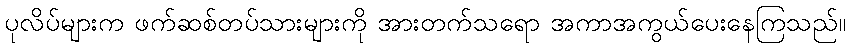
ပုလိပ်များက ဖက်ဆစ်တပ်သားများကို အားတက်သရော အကာအကွယ်ပေးနေကြသည်။